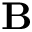
\mathbf { B }